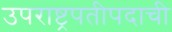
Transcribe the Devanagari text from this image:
उपराष्ट्रपतीपदाची